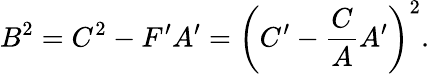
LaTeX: B^{2}=C^{2}-F^{\prime}A^{\prime}=\left(C^{\prime}-\frac{C}{A}A^{\prime}\right)^{2}.